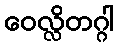
ဝေလ္လိတဂ္ဂါ